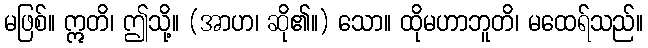
မဖြစ်။ ဣတိ၊ ဤသို့။ (အာဟ၊ ဆို၏။) သော။ ထိုမဟာဘူတိ၊ မထေရ်သည်။